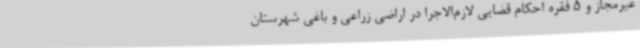
غیرمجاز و 5 فقره احکام قضایی لازم‌الاجرا در اراضی زراعی و باغی شهرستان